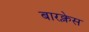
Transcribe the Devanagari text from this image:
बारक्लेस